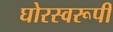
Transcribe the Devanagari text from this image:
घोरस्वरूपी